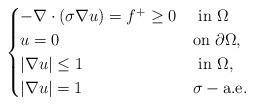
LaTeX: \begin{align*}\begin{cases}-\nabla\cdot (\sigma\nabla u)=f^+\geq 0&\mbox{ in }\Omega\\u=0 &\mbox{on }\partial\Omega,\\|\nabla u|\leq 1&\mbox{ in }\Omega,\\|\nabla u|= 1&\sigma-\mbox{a.e. }\end{cases}\end{align*}